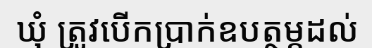
ឃុំ ត្រូវបើកប្រាក់ឧបត្ថម្ភដល់